Lunatic asylums in Bengal annual reports 1888-1898 - 1888-1898
Year: 1888
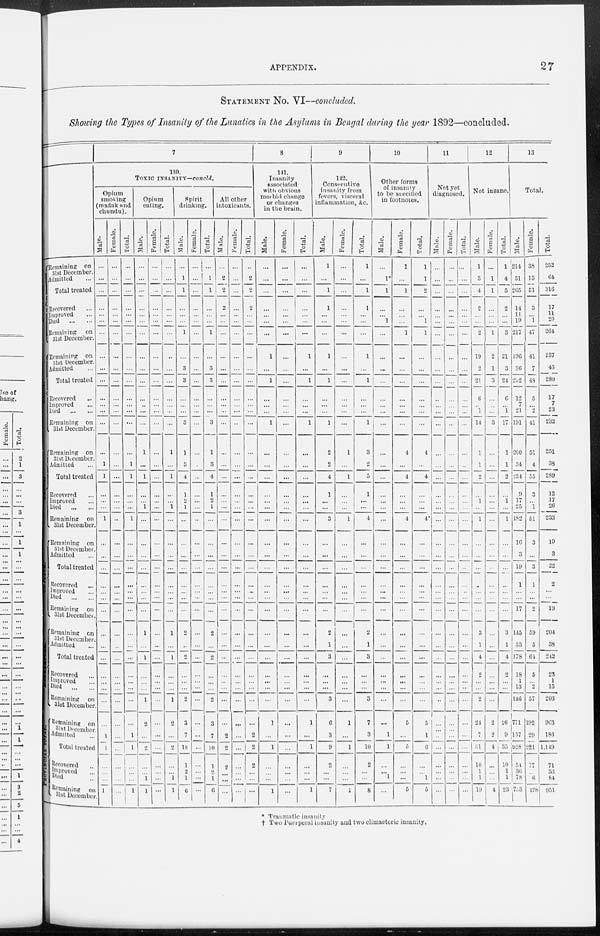
APPENDIX.
27
STATEMENT No. VI—concluded.
Showing the Types of Insanity of the Lunatics in the Asylums in Bengal during the year 1892—concluded.
DULLUNDA.
DACCA.
PATNA.
CUTTACK.
BERHAMPORE.
PROVINCIAL
TOTAL.
Remaining on
31st December.
Admitted ...
Total treated
Recovered ...
Improved ...
Died
...
...
Remaining on
31st December.
Remaining on
31st December.
Admitted ...
Total treated
Recovered
...
Improved ...
Died
...
...
Remaining on
31st December.
Remaining on
31st December.
Admitted ...
Total treated
Recovered ...
Improved ...
Died
...
...
Remaining on
31st December.
Remaining on
31st December.
Admitted ...
Total treated ...
Recovered ...
Improved ...
Died
...
...
Remaining on
31st December.
Remaining on
31st December.
Admitted ...
Total treated ...
Recovered ...
Improved ...
Died
...
...
Remaining on
31st December.
Remaining on
31st December.
Admitted ...
Total treated
Recovered ...
Improved ...
Died ...
Remaining on
31st December.
7
139.
TOXIC INSANITY—concld.
Opium
smoking
(madak and
chundu).
Male.
...
...
...
...
...
...
...
...
...
...
...
...
...
...
...
1
1
...
...
...
1
...
...
...
...
...
...
...
...
...
...
...
...
...
...
...
1
1
...
...
...
1
Female.
...
...
...
...
...
...
...
...
...
...
...
...
...
...
...
...
...
...
...
...
...
...
...
...
...
...
...
...
...
...
...
...
...
...
...
...
...
...
...
...
...
...
Total.
...
...
...
...
...
...
...
...
...
...
...
...
...
...
...
1
1
...
...
...
1
...
...
...
...
...
...
...
...
...
...
...
...
...
...
...
1
1
...
...
...
1
Opium
eating.
Male.
...
...
...
...
...
...
...
...
...
...
...
...
...
...
1
...
1
...
...
1
...
...
...
...
...
...
...
...
1
...
1
...
...
...
1
2
...
2
...
...
1
1
Female.
...
...
...
...
...
...
...
...
...
...
...
...
...
...
...
...
...
...
...
...
...
...
...
...
...
...
...
...
...
...
...
...
...
...
...
...
...
...
...
...
...
...
Total.
...
...
...
...
...
...
...
...
...
...
...
...
...
...
1
...
1
...
...
1
...
...
...
...
...
...
...
...
1
...
1
...
...
...
1
2
...
2
...
...
1
1
Spirit
drinking.
Male.
...
1
1
...
...
...
1
...
3
3
...
...
...
3
1
3
4
1
2
1
...
...
...
...
...
...
...
...
2
...
2
...
...
...
2
3
7
10
1
2
1
6
Female.
...
...
...
...
...
...
...
...
...
...
...
...
...
...
...
...
...
...
...
...
...
...
...
...
...
...
...
...
...
...
...
...
...
...
...
...
...
...
...
...
...
...
Total.
...
1
1
...
...
...
1
...
3
3
...
...
...
3
1
3
4
1
2
1
...
...
...
...
...
...
...
...
2
...
2
...
...
...
2
3
7
10
1
2
1
6
All other
intoxicants.
Male.
...
2
2
2
...
...
...
...
...
...
...
...
...
...
...
...
...
...
...
...
...
...
...
...
...
...
...
...
...
...
...
...
...
...
...
...
2
2
2
...
...
...
Female.
...
...
...
...
...
...
...
...
...
...
...
...
...
...
...
...
...
...
...
...
...
...
...
...
...
...
...
...
...
...
...
...
...
...
...
...
...
...
...
...
...
...
Total.
...
2
2
2
...
...
...
...
...
...
...
...
...
...
...
...
...
...
...
...
...
...
...
...
...
...
...
...
...
...
...
...
...
...
...
...
2
2
2
...
...
...
8
141.
Insanity
associated
with obvious
morbid change
or changes
in the brain.
Male.
...
...
...
...
...
...
...
1
...
1
...
...
...
1
...
...
...
...
...
...
...
...
...
...
...
...
...
...
...
...
...
...
...
...
...
1
...
1
...
...
...
1
Female.
...
...
...
...
...
...
...
...
...
...
...
...
...
...
...
...
...
...
...
...
...
...
...
...
...
...
...
...
...
...
...
...
...
...
...
...
...
...
...
...
...
...
Total.
...
...
...
...
...
...
...
1
...
1
...
...
...
1
...
...
...
...
...
...
...
...
...
...
...
...
...
...
...
...
...
...
...
...
...
1
...
1
...
...
...
1
9
142.
Consecutive
insanity from
fevers, visceral
inflammation, &c.
Male.
1
...
1
1
...
...
...
1
...
1
...
...
...
1
2
2
4
1
...
...
3
...
...
...
...
...
...
...
2
1
3
...
...
...
3
6
3
9
2
...
...
7
Female.
...
...
...
...
...
...
...
...
...
...
...
...
...
...
1
...
1
...
...
...
1
...
...
...
...
...
...
...
...
...
...
...
...
...
...
1
...
1
...
...
...
1
Total.
1
...
1
1
...
...
...
1
...
1
...
...
...
1
3
2
5
1
...
...
4
...
...
...
...
...
...
...
2
1
3
...
...
...
3
7
3
10
2
...
...
8
10
Other forms
of insanity
to be specified
in footnotes.
Male.
...
1*
1
...
...
1
...
...
...
...
...
...
...
...
...
...
...
...
...
...
...
...
...
...
...
...
...
...
...
...
...
...
...
...
...
...
1
1
...
...
1
...
Female.
1
...
1
...
...
...
1
...
...
...
...
...
...
...
4
...
4
...
...
...
4
...
...
...
...
...
...
...
...
...
...
...
...
...
...
5
...
5
...
...
...
5
Total.
1
1
2
...
...
1
1
...
...
...
...
...
...
...
4
...
4
...
...
...
4*
...
...
...
...
...
...
...
...
...
...
...
...
...
...
5
1
6
...
...
1
5
11
Not yet
diagnosed.
Male.
...
...
...
...
...
...
...
...
...
...
...
...
...
...
...
...
...
...
...
...
...
...
...
...
...
...
...
...
...
...
...
...
...
...
...
...
...
...
...
...
...
...
Female.
...
...
...
...
...
...
...
...
...
...
...
...
...
...
...
...
...
...
...
...
...
...
...
...
...
...
...
...
...
...
...
...
...
...
...
...
...
...
...
...
...
...
Total.
...
...
...
...
...
...
...
...
...
...
...
...
...
...
...
...
...
...
...
...
...
...
...
...
...
...
...
...
...
...
...
...
...
...
...
...
...
...
...
...
...
...
12
Not insane.
Male.
1
3
4
2
...
...
2
19
2
21
6
...
1
14
1
1
2
...
1
...
1
...
...
...
...
...
...
...
3
1
4
2
...
...
2
24
7
31
10
1
1
19
Female.
...
1
1
...
...
...
1
2
1
3
...
...
...
3
...
...
...
...
...
...
...
...
...
...
...
...
...
...
...
...
...
...
...
...
...
2
2
4
...
...
...
4
Total.
1
4
5
2
...
...
3
21
3
24
6
...
1
17
1
1
2
...
1
...
1
...
...
...
...
...
...
...
3
1
4
2
...
...
2
26
9
35
10
1
1
23
13
Total.
Male.
214
51
265
14
11
19
217
196
36
232
12
7
21
191
200
34
234
9
17
25
182
16
3
19
1
...
...
17
145
33
178
18
1
13
146
771
157
928
54
36
78
753
Female.
38
13
51
3
...
1
47
41
7
48
5
...
2
41
51
4
55
3
...
1
51
3
...
3
1
...
...
2
59
5
64
5
...
2
57
192
29
221
17
...
6
198
Total.
252
64
316
17
11
20
264
237
43
280
17
7
23
232
251
38
289
12
17
26
233
19
3
22
2
...
...
19
204
38
242
23
1
15
203
963
186
1,149
71
36
84
951
* Traumatic insanity
† Two Puerperal insanity and two climacteric insanity.